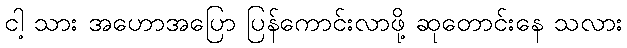
ငါ့ သား အဟောအပြော ပြန်ကောင်းလာဖို့ ဆုတောင်းနေ သလား